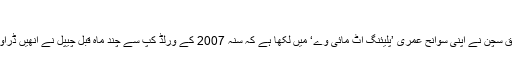
‘
بھارتی خبر رساں ایجنسی پی ٹی آئی کے مطابق سچن نے اپنی سوانح عمری ’پلیئنگ اٹ مائی وے‘ میں لکھا ہے کہ سنہ 2007 کے ورلڈ کپ سے چند ماہ قبل چیپل نے انھیں ڈراوڈ کی جگہ کپتان بننے کی تجویز پیش کی تھی۔